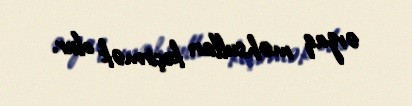
ərzaq məhsulları keçirmək olur.